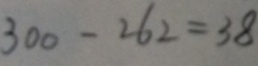
3 0 0 - 2 6 2 = 3 8